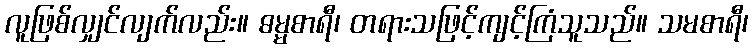
လူဖြစ်လျှင်လျက်လည်း။ ဓမ္မစာရီ၊ တရားသဖြင့်ကျင့်ကြံသူသည်။ သမစာရီ၊